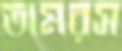
তামরস